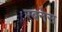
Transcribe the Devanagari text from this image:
रबनेस